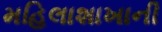
મહિલાશાખાની